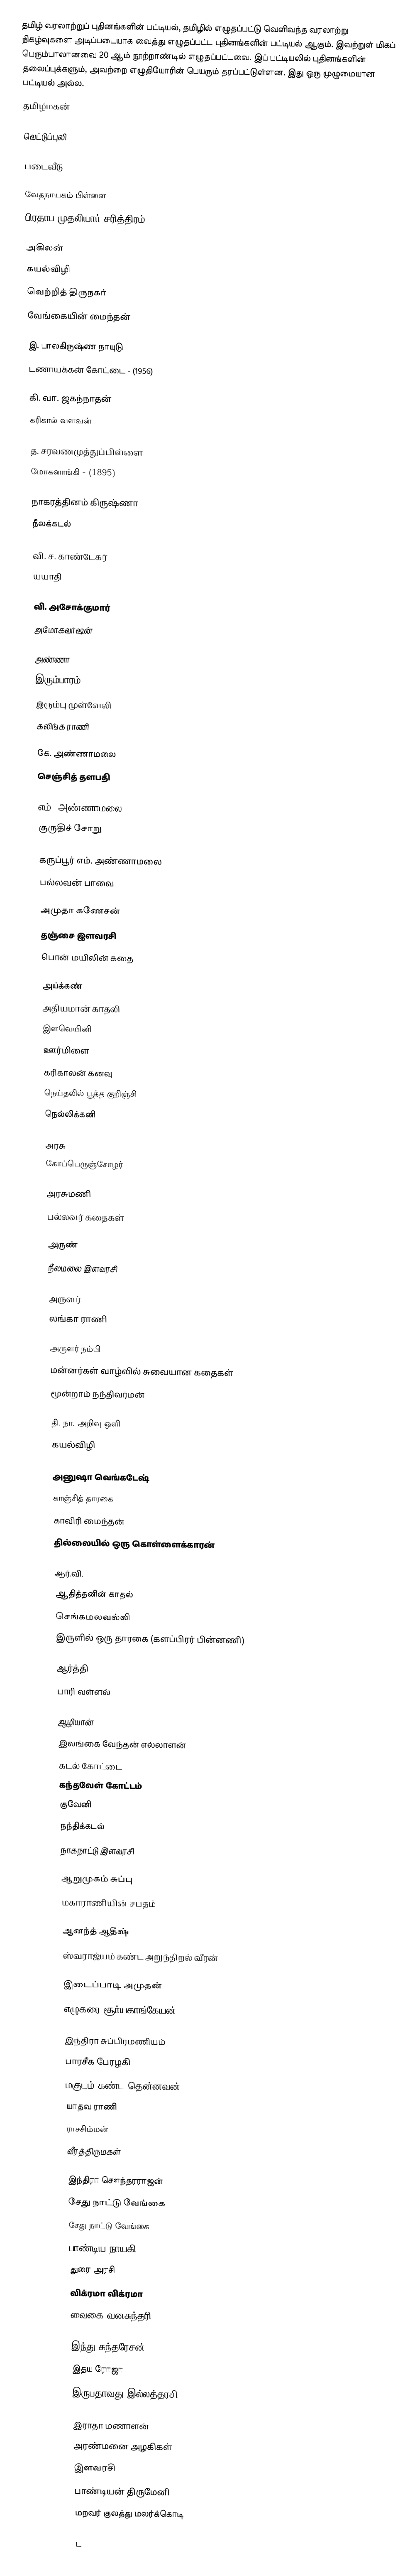
தமிழ் வரலாற்றுப் புதினங்களின் பட்டியல், தமிழில் எழுதப்பட்டு வெளிவந்த வரலாற்று நிகழ்வுகளை அடிப்படையாக வைத்து எழுதப்பட்ட புதினங்களின் பட்டியல் ஆகும். இவற்றுள் மிகப் பெரும்பாலானவை 20 ஆம் நூற்றாண்டில் எழுதப்பட்டவை. இப் பட்டியலில் புதினங்களின் தலைப்புக்களும், அவற்றை எழுதியோரின் பெயரும் தரப்பட்டுள்ளன. இது ஒரு முழுமையான பட்டியல் அல்ல.
தமிழ்மகன்

வெட்டுப்புலி

படைவீடு

வேதநாயகம் பிள்ளை
  பிரதாப முதலியார் சரித்திரம் (1878)

அகிலன்
  கயல்விழி
  வெற்றித் திருநகர்
  வேங்கையின் மைந்தன்

இ. பாலகிருஷ்ண நாயுடு
  டணாயக்கன் கோட்டை - (1956)

கி. வா. ஜகந்நாதன்
  கரிகால் வளவன்

த. சரவணமுத்துப்பிள்ளை
  மோகனாங்கி - (1895)

நாகரத்தினம் கிருஷ்ணா
 நீலக்கடல்

வி. ச. காண்டேகர்
  யயாதி

வி. அசோக்குமார்
  அமோகவர்ஷன்

அண்ணா
  இரும்பாரம்
  இரும்பு முள்வேலி
  கலிங்க ராணி

கே. அண்ணாமலை
  செஞ்சித் தளபதி

எம். அண்ணாமலை
  குருதிச் சோறு

கருப்பூர் எம். அண்ணாமலை
  பல்லவன் பாவை

அமுதா கணேசன்
  தஞ்சை இளவரசி
  பொன் மயிலின் கதை

அய்க்கண்
  அதியமான் காதலி
  இளவெயினி
  ஊர்மிளை
  கரிகாலன் கனவு
  நெய்தலில் பூத்த குறிஞ்சி
  நெல்லிக்கனி

அரசு
  கோப்பெருஞ்சோழர்

அரசுமணி
  பல்லவர் கதைகள்

அருண்
  நீலமலை இளவரசி

அருளர்
  லங்கா ராணி

அருளர் நம்பி
  மன்னர்கள் வாழ்வில் சுவையான கதைகள்
  மூன்றாம் நந்திவர்மன்

தி. நா. அறிவு ஒளி
  கயல்விழி

அனுஷா வெங்கடேஷ்
  காஞ்சித் தாரகை
  காவிரி மைந்தன்
  தில்லையில் ஒரு கொள்ளைக்காரன்

ஆர்.வி.
  ஆதித்தனின் காதல்
  செங்கமலவல்லி
  இருளில் ஒரு தாரகை (களப்பிரர் பின்னணி)

ஆர்த்தி
  பாரி வள்ளல்

ஆழியான்
  இலங்கை வேந்தன் எல்லாளன்
  கடல் கோட்டை
  கந்தவேள் கோட்டம்
  குவேனி
  நந்திக்கடல்
  நாகநாட்டு இளவரசி

ஆறுமுகம் சுப்பு
  மகாராணியின் சபதம்

ஆனந்த் ஆதீஷ்
  ஸ்வராஜ்யம் கண்ட அறுந்திறல் வீரன்

இடைப்பாடி அமுதன்
  எழுகரை சூர்யகாங்கேயன்

இந்திரா சுப்பிரமணியம்
  பாரசீக பேரழகி
  மகுடம் கண்ட தென்னவன்
  யாதவ ராணி
  ராசசிம்மன்
  வீரத்திருமகள்

இந்திரா சௌந்தரராஜன்
  சேது நாட்டு வேங்கை
  சேது நாட்டு வேங்கை
  பாண்டிய நாயகி
  துரை அரசி
  விக்ரமா விக்ரமா
  வைகை வனசுந்தரி

இந்து சுந்தரேசன்
  இதய ரோஜா
  இருபதாவது இல்லத்தரசி

இராதா மணாளன்
  அரண்மனை அழகிகள்
  இளவரசி
  பாண்டியன் திருமேனி
  மறவர் குலத்து மலர்க்கொடி

ட